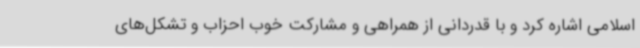
اسلامی اشاره کرد و با قدردانی از همراهی و مشارکت خوب احزاب و تشکل‌های